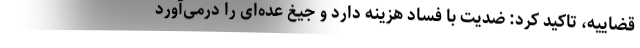
قضاییه، تاکید کرد: ضدیت با فساد هزینه دارد و جیغ عده‌ای را درمی‌آورد